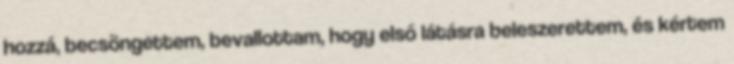
hozzá, becsöngettem, bevallottam, hogy első látásra beleszerettem, és kértem